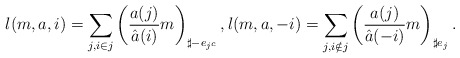
\begin{align*}l(m,a,i)=\sum_{j,i \in j} \left(\frac{a(j)}{\hat a(i)}m\right)_{\sharp -e_{j^c}}, l(m,a,-i)=\sum_{j,i \notin j} \left(\frac{a(j)}{\hat a(-i)}m\right)_{\sharp e_j}.\end{align*}